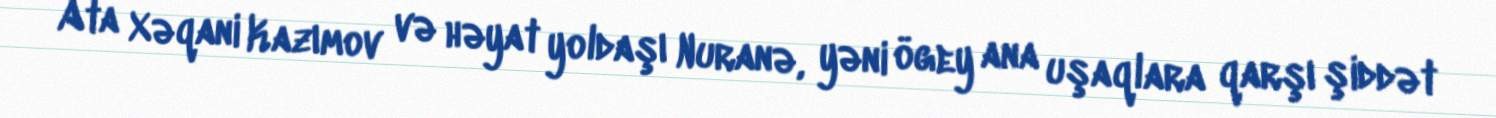
Ata Xəqani Kazımov və həyat yoldaşı Nuranə, yəni ögey ana uşaqlara qarşı şiddət